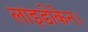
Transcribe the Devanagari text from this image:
लाइडोकेन।